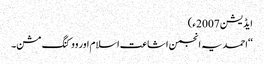
ایڈیشن 2007ء)
‘‘احمدیہ انجمن اشاعت اسلام اور ووکنگ مشن۔